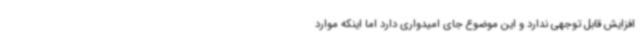
افزایش قابل توجهی ندارد و این موضوع جای امیدواری دارد اما اینکه موارد